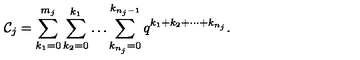
{ \cal C } _ { j } = \sum _ { k _ { 1 } = 0 } ^ { m _ { j } } \sum _ { k _ { 2 } = 0 } ^ { k _ { 1 } } \ldots \sum _ { k _ { n _ { j } } = 0 } ^ { k _ { n _ { j } - 1 } } q ^ { k _ { 1 } + k _ { 2 } + \cdots + k _ { n _ { j } } } .